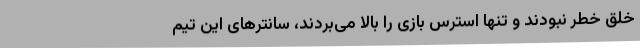
خلق خطر نبودند و تنها استرس بازی را بالا می‌بردند، سانترهای این تیم